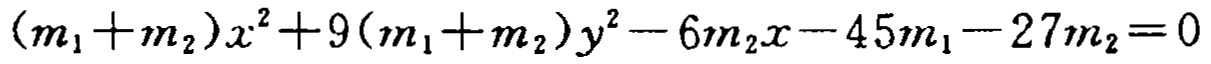
\((m_{1}+m_{2})x^{2}+9(m_{1}+m_{2})y^{2}-6m_{2}x - 45m_{1}-27m_{2}=0\)